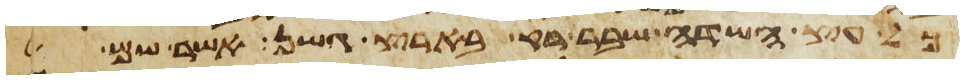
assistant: כל עץ השדה שבר רק בארץ גשן אשר שם